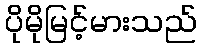
ပိုမိုမြင့်မားသည်